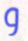
و